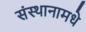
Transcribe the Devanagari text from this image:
संस्थानामधे